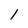
Character: 1